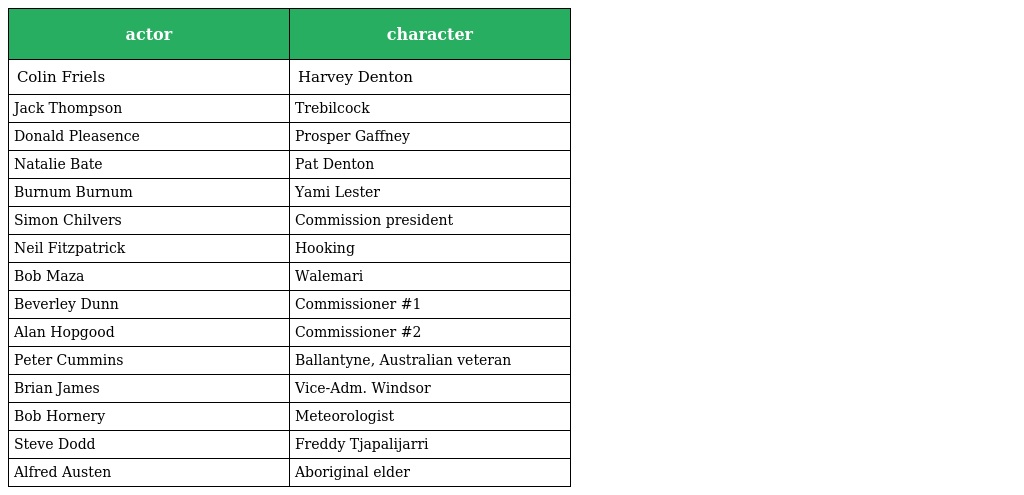
| actor | character |
 | --- | --- |
 | Colin Friels | Harvey Denton |
 | Jack Thompson | Trebilcock |
 | Donald Pleasence | Prosper Gaffney |
 | Natalie Bate | Pat Denton |
 | Burnum Burnum | Yami Lester |
 | Simon Chilvers | Commission president |
 | Neil Fitzpatrick | Hooking |
 | Bob Maza | Walemari |
 | Beverley Dunn | Commissioner #1 |
 | Alan Hopgood | Commissioner #2 |
 | Peter Cummins | Ballantyne, Australian veteran |
 | Brian James | Vice-Adm. Windsor |
 | Bob Hornery | Meteorologist |
 | Steve Dodd | Freddy Tjapalijarri |
 | Alfred Austen | Aboriginal elder |